Civil Veterinary Dept. North-West Frontier Province 1933-46 - 1933-1946
Year: 1933
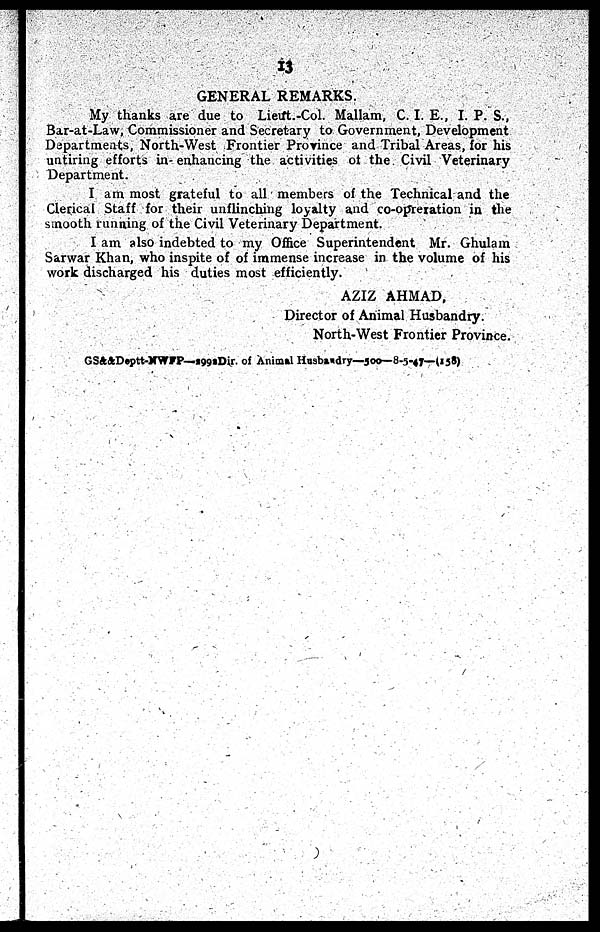
13
GENERAL REMARKS.
My thanks are due to Lieut.-Col. Mallam, C. I. E., I. P. S.,
Bar-at-Law, Commissioner and Secretary to Government, Development
Departments, North-West Frontier Province and Tribal Areas, for his
untiring efforts in enhancing the activities of the Civil Veterinary
Department.
I am most grateful to all members of the Technical and the
Clerical Staff for their unflinching loyalty and co-opreration in the
smooth running of the Civil Veterinary Department.
I am also indebted to my Office Superintendent Mr. Ghulam
Sarwar Khan, who inspite of of immense increase in the volume of his
work discharged his duties most efficiently.
AZIZ AHMAD,
Director of Animal Husbandry.
North-West Frontier Province.
GS&&Deptt-NWFP—2992Dir. of Animal Husbandry—500—8-5-47—(158)